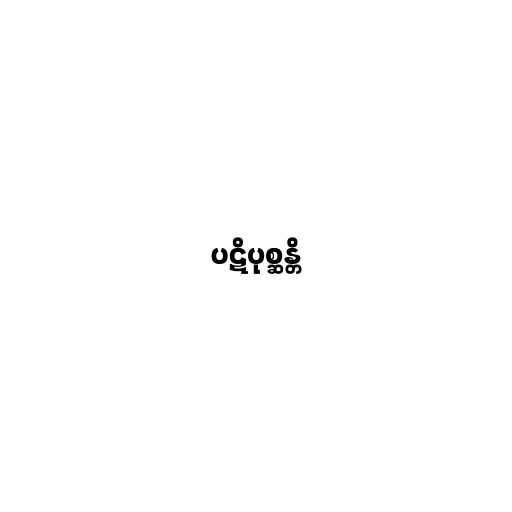
ပဋိပုစ္ဆန္တိ